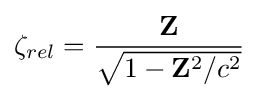
\mathbf {\zeta } _{rel}={\frac {\mathbf {Z} }{\sqrt {1-\mathbf {Z} ^{2}/c^{2}}}}